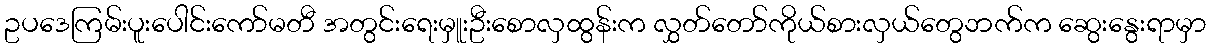
ဥပဒေကြမ်းပူးပေါင်းကော်မတီ အတွင်းရေးမှူးဦးစောလှထွန်းက လွှတ်တော်ကိုယ်စားလှယ်တွေဘက်က ဆွေးနွေးရာမှာ